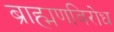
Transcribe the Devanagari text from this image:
ब्राह्मणविरोध